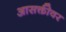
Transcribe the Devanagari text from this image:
आसक्तीवर